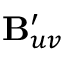
\mathbf { B } _ { u v } ^ { \prime }